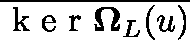
\overline { { \mathrm { ~ k ~ e ~ r ~ } \mathbf { \Omega } _ { L } ( \mathfrak { u } ) } }